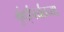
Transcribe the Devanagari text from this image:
मुंबईपर्यंतच्या